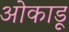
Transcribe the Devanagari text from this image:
ओकाडू